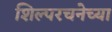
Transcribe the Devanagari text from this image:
शिल्परचनेच्या